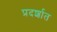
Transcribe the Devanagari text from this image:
प्रदर्शात